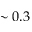
\sim 0 . 3